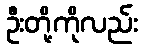
ဦးတို့ကိုလည်း